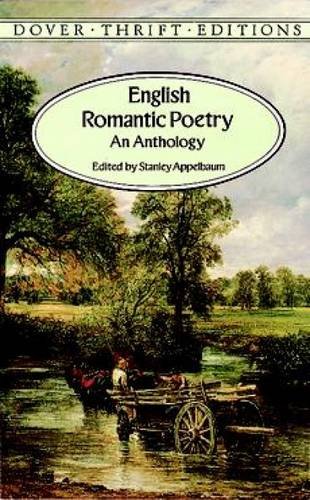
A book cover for English Romantic Poetry: An Anthology (Dover Thrift Editions); William Blake; Literature & Fiction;